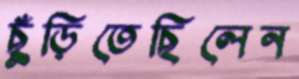
ছুঁড়িতেছিলেন